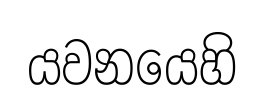
යවනයෙහි